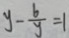
y - \frac { 6 } { y } = 1